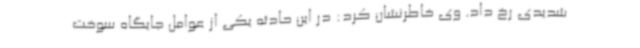
شدیدی رخ داد. وی خاطرنشان کرد: در این حادثه یکی از عوامل جایگاه سوخت